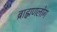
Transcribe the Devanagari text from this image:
ब्राह्मणलोग